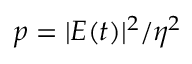
p = | E ( t ) | ^ { 2 } / \eta ^ { 2 }